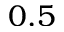
0 . 5